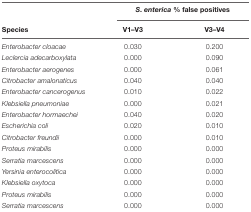
<table><thead><tr><td></td><td colspan="2"><b><i>S. enterica</i> % false positives</b></td></tr><tr><td><b>Species</b></td><td><b>V1–V3</b></td><td><b>V3–V4</b></td></tr></thead><tbody><tr><td><i>Enterobacter cloacae</i></td><td>0.030</td><td>0.200</td></tr><tr><td><i>Leclercia adecarboxylata</i></td><td>0.000</td><td>0.090</td></tr><tr><td><i>Enterobacter aerogenes</i></td><td>0.000</td><td>0.061</td></tr><tr><td><i>Citrobacter amalonaticus</i></td><td>0.040</td><td>0.040</td></tr><tr><td><i>Enterobacter cancerogenus</i></td><td>0.010</td><td>0.022</td></tr><tr><td><i>Klebsiella pneumoniae</i></td><td>0.000</td><td>0.021</td></tr><tr><td><i>Enterobacter hormaechei</i></td><td>0.040</td><td>0.020</td></tr><tr><td><i>Escherichia coli</i></td><td>0.020</td><td>0.010</td></tr><tr><td><i>Citrobacter freundii</i></td><td>0.000</td><td>0.010</td></tr><tr><td><i>Proteus mirabilis</i></td><td>0.000</td><td>0.000</td></tr><tr><td><i>Serratia marcescens</i></td><td>0.000</td><td>0.000</td></tr><tr><td><i>Yersinia enterocolitica</i></td><td>0.000</td><td>0.000</td></tr><tr><td><i>Klebsiella oxytoca</i></td><td>0.000</td><td>0.000</td></tr><tr><td><i>Proteus mirabilis</i></td><td>0.000</td><td>0.000</td></tr><tr><td><i>Serratia marcescens</i></td><td>0.000</td><td>0.000</td></tr></tbody></table>